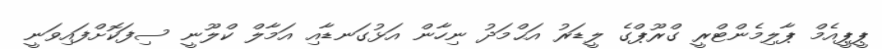
ޕީޕީއެމް ޕާލިމެންޓްރީ ގްރޫޕްގެ ލީޑަރު އަޙްމަދު ނިހާން އަޅުގަނޑާއި އަމާލް ކްލޫނީ ސިފަކޮށްފައިވަނީ